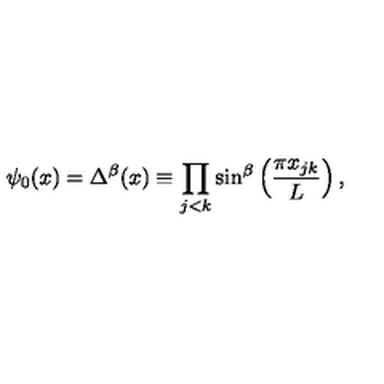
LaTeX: \psi _ { 0 } ( x ) = \Delta ^ { \beta } ( x ) \equiv \prod _ { j < k } \sin ^ { \beta } \left( \frac { \pi x _ { j k } } { L } \right) ,